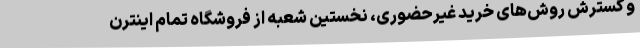
و گسترش روش‌های خرید غیرحضوری، نخستین شعبه از فروشگاه تمام اینترن